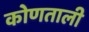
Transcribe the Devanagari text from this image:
कोणताली